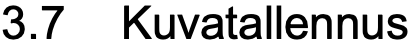
3.7 Kuvatallennus